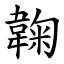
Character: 䪕